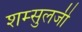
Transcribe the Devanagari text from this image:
शम्सुलजी